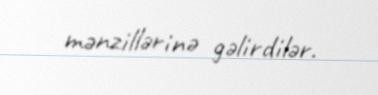
mənzillərinə gəlirdilər.